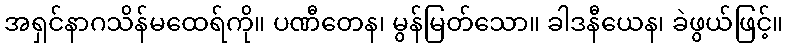
အရှင်နာဂသိန်မထေရ်ကို။ ပဏီတေန၊ မွန်မြတ်သော။ ခါဒနီယေန၊ ခဲဖွယ်ဖြင့်။